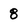
Character: 8